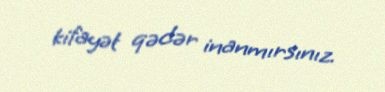
kifayət qədər inanmırsınız.